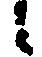
候